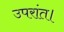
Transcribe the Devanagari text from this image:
उपरांत।